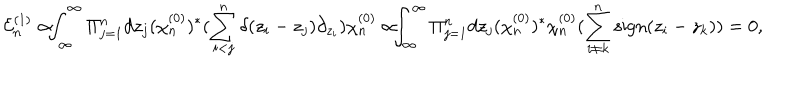
\! \! \! { \cal E } _ { n } ^ { ( 1 ) } \propto \! \! \! \int _ { \infty } ^ { \infty } \Pi _ { j = 1 } ^ { n } d z _ { j } ( \chi _ { n } ^ { ( 0 ) } ) ^ { * } ( \sum _ { i < j } ^ { n } \delta ( z _ { i } - z _ { j } ) \partial _ { z _ { i } } ) \chi _ { n } ^ { ( 0 ) } \propto \! \! \! \int _ { \infty } ^ { \infty } \Pi _ { j = 1 } ^ { n } d z _ { j } ( \chi _ { n } ^ { ( 0 ) } ) ^ { * } \chi _ { n } ^ { ( 0 ) } ( \sum _ { i \neq k } ^ { n } \mathrm { s i g n } ( z _ { i } - z _ { k } ) ) = 0 ,